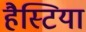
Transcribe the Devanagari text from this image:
हैस्टिया